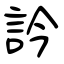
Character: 訡